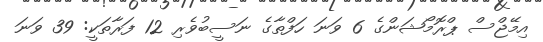
އިމޭޖްސް ޕްރޮމޯޝަންގެ 6 ވަނަ ހަފްތާގެ ނަސީބުވެރި 12 ފަރާތަކީ: 39 ވަނަ